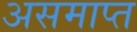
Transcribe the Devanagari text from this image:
असमाप्त